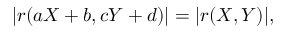
| r ( a X + b , c Y + d ) | = | r ( X , Y ) | ,